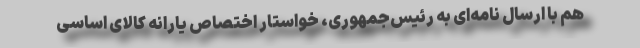
هم با ارسال نامه‌ای به رئیس‌جمهوری، خواستار اختصاص یارانه کالای اساسی